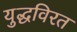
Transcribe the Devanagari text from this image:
युद्धविरत